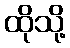
ထိုသို့